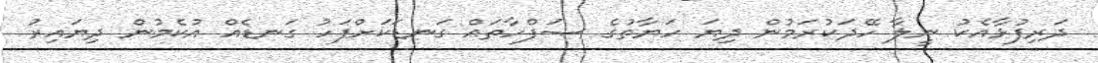
ދަރިފުޅާއެކު ނީލާ ހޭދަކުރަމުން ދިޔަ ހަޔާތުގެ ޞަފްހާތައް ގަނޑަކަށްފަހު ގަނޑެއް އުކެމުން ދިޔައިރު